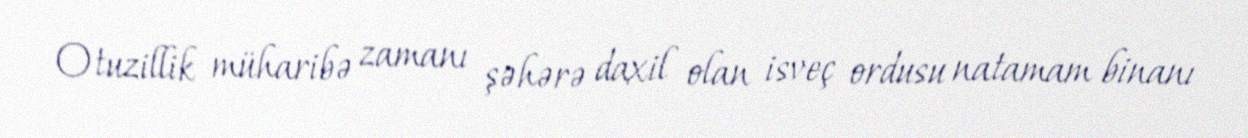
Otuzillik müharibə zamanı şəhərə daxil olan isveç ordusu natamam binanı